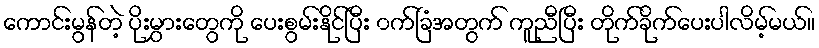
ကောင်းမွန်တဲ့ ပိုးမွှားတွေကို ပေးစွမ်းနိုင်ပြီး ၀က်ခြံအတွက် ကူညီပြီး တိုက်ခိုက်ပေးပါလိမ့်မယ်။